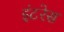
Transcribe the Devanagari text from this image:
इंटरेस